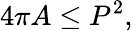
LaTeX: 4\pi A\leq P^{2},